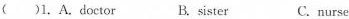
( )1. A.doctor B.sister C.nurse